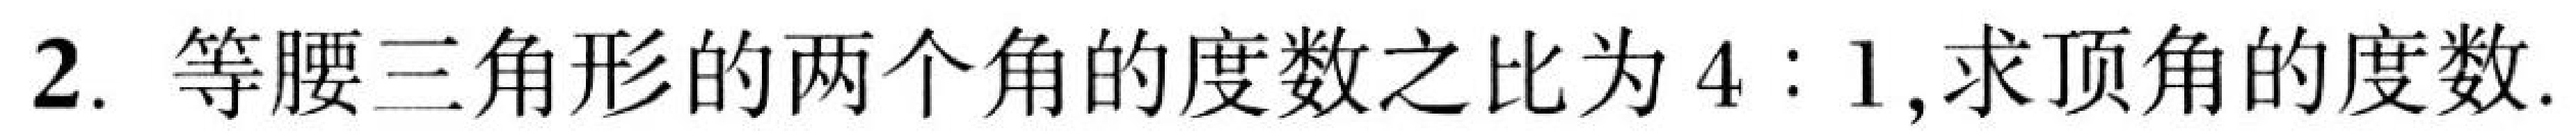
2. 等腰三角形的两个角的度数之比为\(4:1\),求顶角的度数.